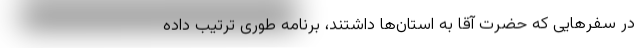
در سفرهایی که حضرت آقا به استان‌ها داشتند، برنامه طوری ترتیب داده